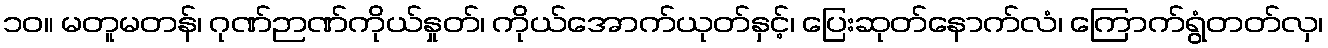
၁၀။ မတူမတန်၊ ဂုဏ်ဉာဏ်ကိုယ်နှုတ်၊ ကိုယ်အောက်ယုတ်နှင့်၊ ပြေးဆုတ်နောက်လံ၊ ကြောက်ရွံတတ်လှ၊